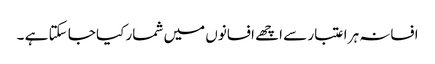
افسانہ ہر اعتبار سے اچھے افسانوں میں شمار کیا جا سکتا ہے ۔